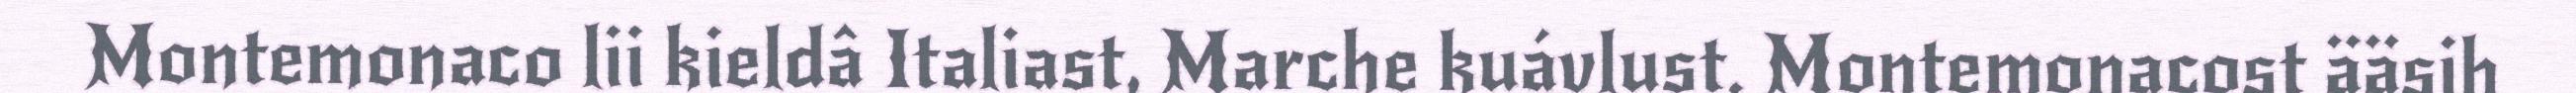
Montemonaco lii kieldâ Italiast, Marche kuávlust. Montemonacost ääsih